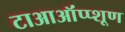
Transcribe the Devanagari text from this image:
टाआऑंप्प्शूण